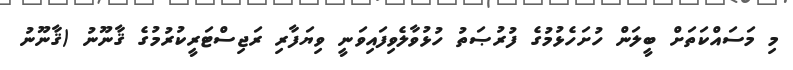
މި މަސައްކަތަށް ބީލަން ހުށަހެޅުމުގެ ފުރުޞަތު ހުޅުވާލެވިފައިވަނީ ވިޔަފާރި ރަޖިސްޓަރީކުރުމުގެ ޤާނޫނު (ޤާނޫނު